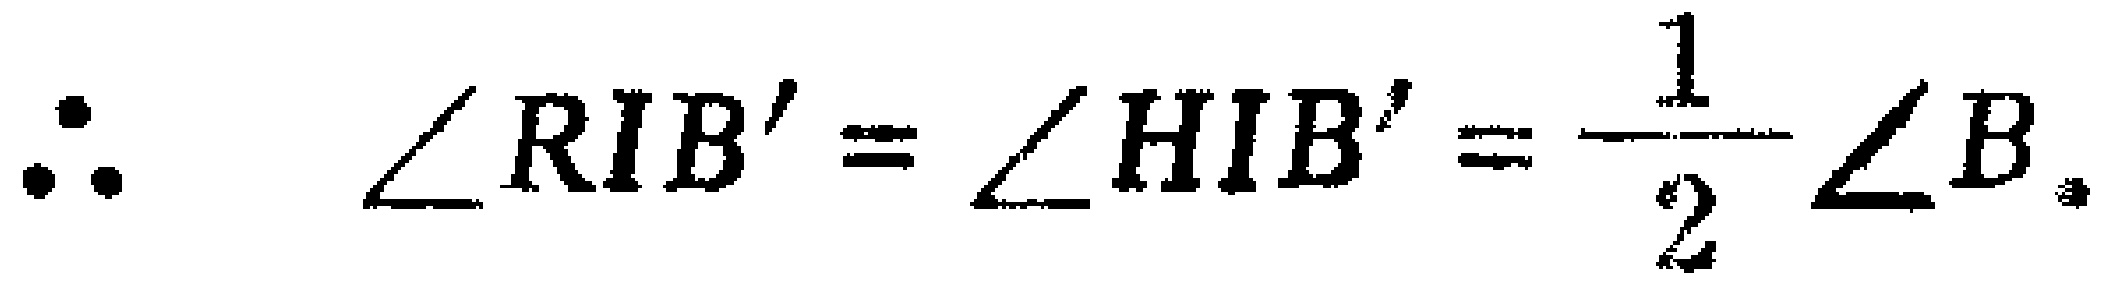
\(\therefore \angle RIB' = \angle HIB'=\dfrac{1}{2}\angle B.\)